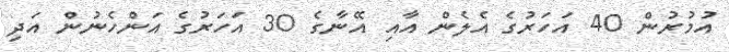
އުމުރުން 40 އަހަރުގެ އެލެން އާއި އޭނާގެ 30 އަހަރުގެ އަންހެނުން އަދި